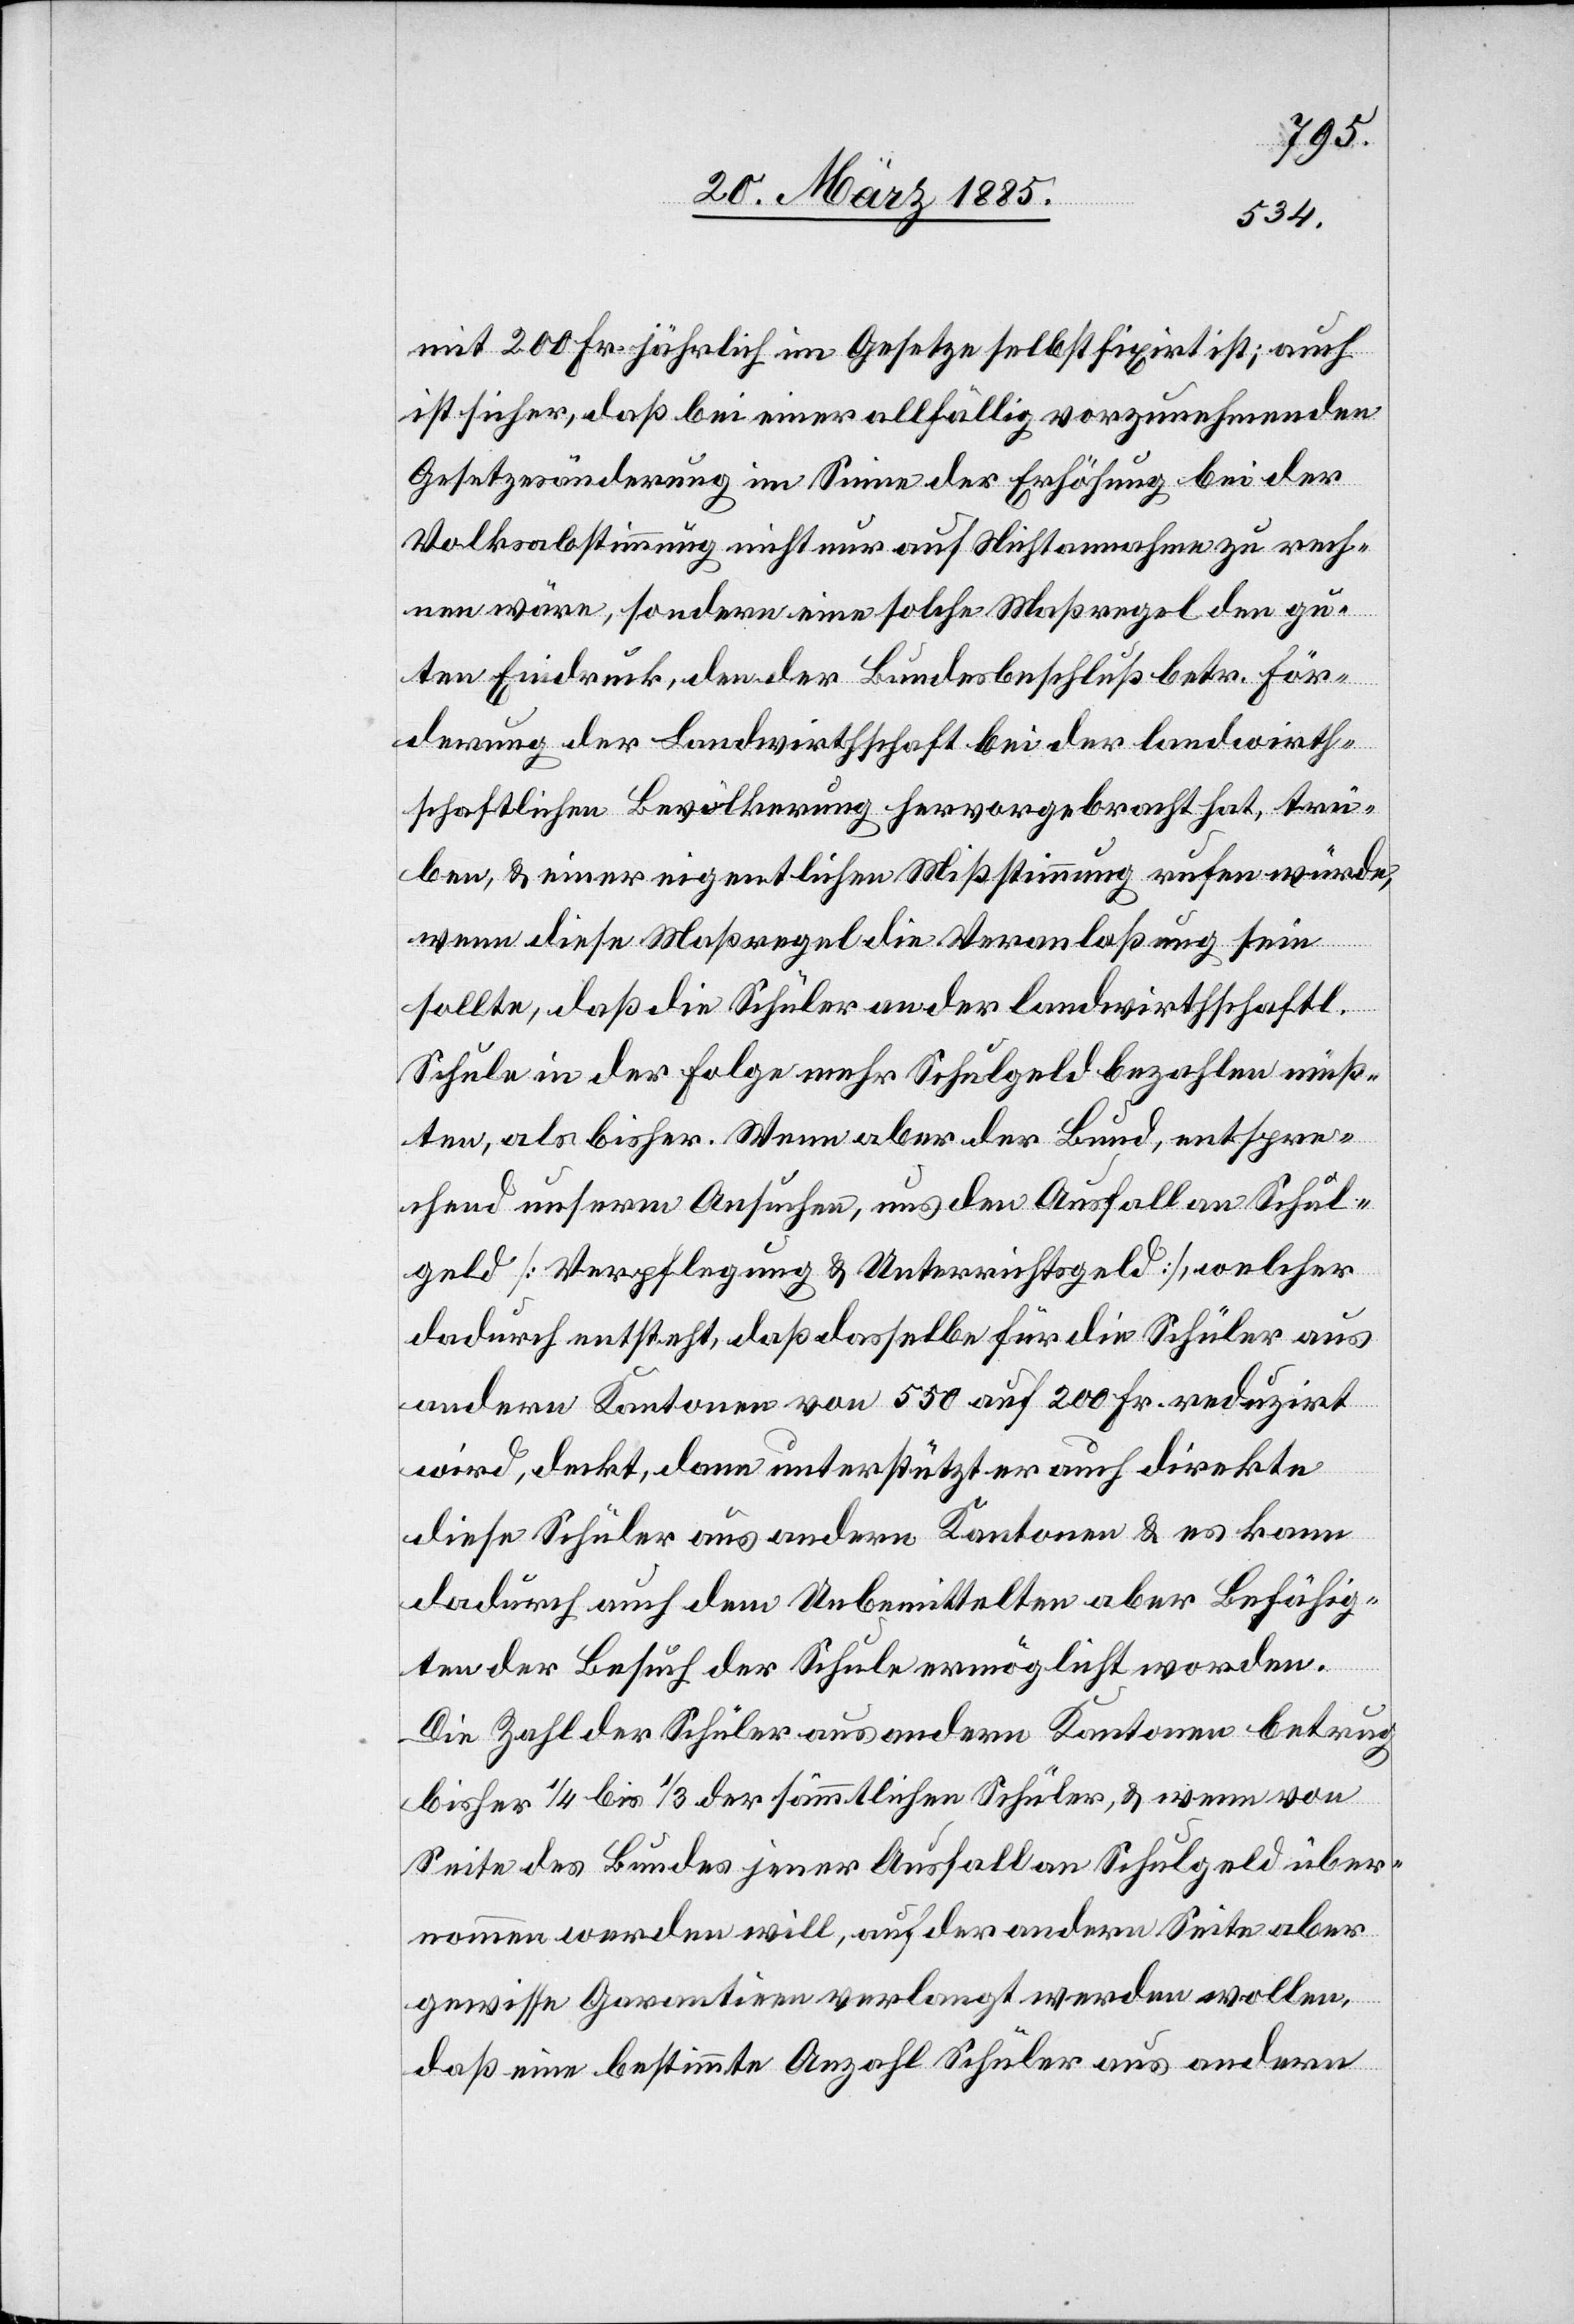
mit 200 Fr. jährlich im Gesetze selbstfixirt ist; auch
ist sicher, daß bei einer allfällig vorzunehmenden
Gesetzesänderung im Sinne der Erhöhung bei der
Volksabstimmung nicht nur auf Nichtannahme zu rech¬
nen wäre, sondern eine solche Maßregel den gu¬
ten Eindruck, den der Bundesbeschluß betr. För¬
derung der Landwirthschaft bei der landwirth¬
schaftlichen Bevölkerung hervorgebracht hat, trü¬
ben, & einer eigentlichen Mißstimmung rufen würde,
wenn diese Maßregel die Veranlaßung sein
sollte, daß die Schüler an der landwirthschaftl.
Schule in der Folge mehr Schulgeld bezahlen müß¬
ten, als bisher. Wenn aber der Bund, entspre¬
chend unserm Ansuchen, uns den Ausfall an Schul¬
geld [Verpflegung & Unterrichtsgeld], welcher
dadurch entsteht, daß dasselbe für die Schüler aus
andern Kantonen von 550 auf 200 Fr. reduzirt
wird, deckt, dann unterstützt er auch direkte
diese Schüler aus andern Kantonen & es kann
dadurch auch dem Unbemittelten aber Befähig¬
ten der Besuch der Schule ermöglicht worden
Die Zahl der Schüler aus andern Kantonen betrug
bisher 1/4 bis 1/3 der sämmtlichen Schüler, & wenn von
Seite des Bundes jener Ausfall an Schulgeld über¬
nommen werden will, auf der andern Seite aber
gewisse Garantien verlangt werden wollen,
daß eine bestimmte Anzahl Schüler aus andern